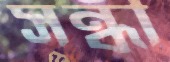
সন্ধী